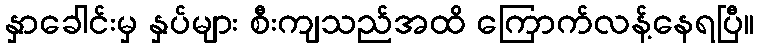
နှာခေါင်းမှ နှပ်များ စီးကျသည်အထိ ကြောက်လန့်နေရပြီ။